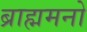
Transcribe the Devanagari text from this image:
ब्राह्ममनो